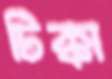
টিক্কা